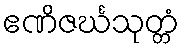
ဧဏိဇင်္ဃသုတ္တံ